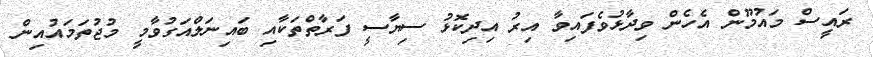
ރައީސް މައުމޫން އެހެން ވިދާޅުވެފައިވާ އިރު އިދިކޮޅު ސިޔާސީ ފަރާތްތަކާއި ބައިނަލްއަގުވާމީ މުޖުތަމައުއިން